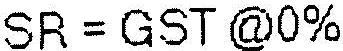
SR = GST @0%